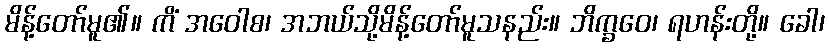
မိန့်တော်မူ၏။ ကိံ အဝေါစ၊ အဘယ်သို့မိန့်တော်မူသနည်း။ ဘိက္ခဝေ၊ ရဟန်းတို့။ ခေါ၊